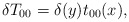
\begin{align*} \delta T_{00} = \delta(y) t_{00}(x),\end{align*}